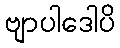
ဗျာပါဒေါပိ